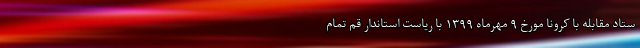
ستاد مقابله با کرونا مورخ ۹ مهرماه ۱۳۹۹ با ریاست استاندار قم تمام